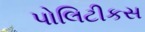
પોલિટીકસ